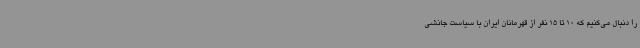
را دنبال می‌کنیم که 10 تا 15 نفر از قهرمانان ایران با سیاست جانشی